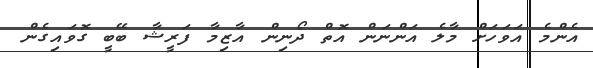
އެންމެ އަވަހަށް މާލެ އަންނަން އޮތް ދޯނިން އާޒިމާ ފަރީޝާ ބޭބީ ގޮވައިގެން